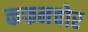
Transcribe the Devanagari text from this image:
कफनचोर